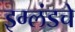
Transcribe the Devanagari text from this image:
इग्लंडचे